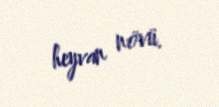
heyvan növü.